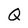
Character: Q